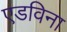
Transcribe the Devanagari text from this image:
एडविना